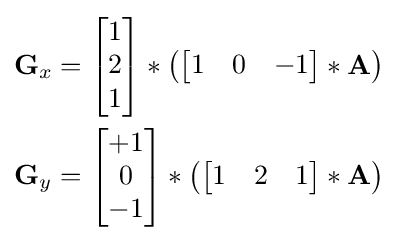
{\begin{aligned}\mathbf {G} _{x}&={\begin{bmatrix}1\\2\\1\end{bmatrix}}*\left({\begin{bmatrix}1&0&-1\end{bmatrix}}*\mathbf {A} \right)\\\mathbf {G} _{y}&={\begin{bmatrix}+1\\0\\-1\end{bmatrix}}*\left({\begin{bmatrix}1&2&1\end{bmatrix}}*\mathbf {A} \right)\end{aligned}}